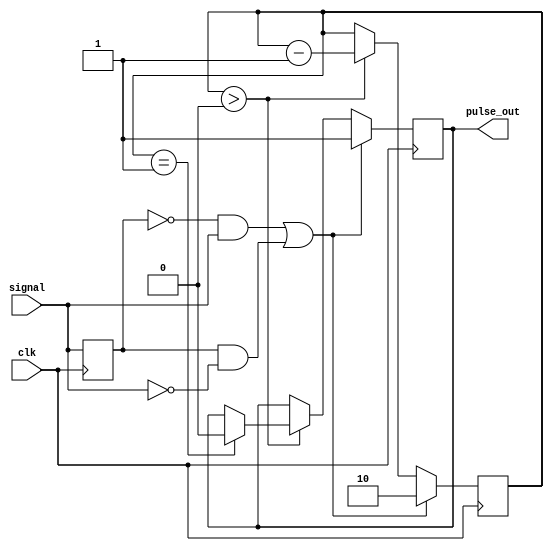
module pulse_edge_detector (
    input wire signal,      // Digital input signal
    input wire clk,        // Clock signal
    output reg pulse_out    // Output pulse signal
);

    // Register to hold the previous state of the signal
    reg prev_signal;

    // Pulse width control (in clock cycles)
    parameter PULSE_WIDTH = 2; // Adjust this value as needed

    // State variable to control pulse duration
    reg [1:0] pulse_counter; // 2-bit counter for pulse width

    // Edge detection and pulse generation
    always @(posedge clk) begin
        // Capture the current state of the signal
        prev_signal <= signal;

        // Check for rising or falling edge
        if ((prev_signal == 1'b0 && signal == 1'b1) || (prev_signal == 1'b1 && signal == 1'b0)) begin
            // Edge detected, generate pulse
            pulse_out <= 1'b1; // Set pulse output high
            pulse_counter <= PULSE_WIDTH; // Initialize pulse counter
        end else if (pulse_counter > 0) begin
            // Maintain pulse output high for the defined pulse width
            pulse_counter <= pulse_counter - 1;
            if (pulse_counter == 1) begin
                pulse_out <= 1'b0; // Set pulse output low after pulse width
            end
        end
    end

    // Initialize outputs
    initial begin
        pulse_out = 1'b0;
        prev_signal = 1'b0;
        pulse_counter = 2'b00;
    end

endmodule